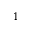
1